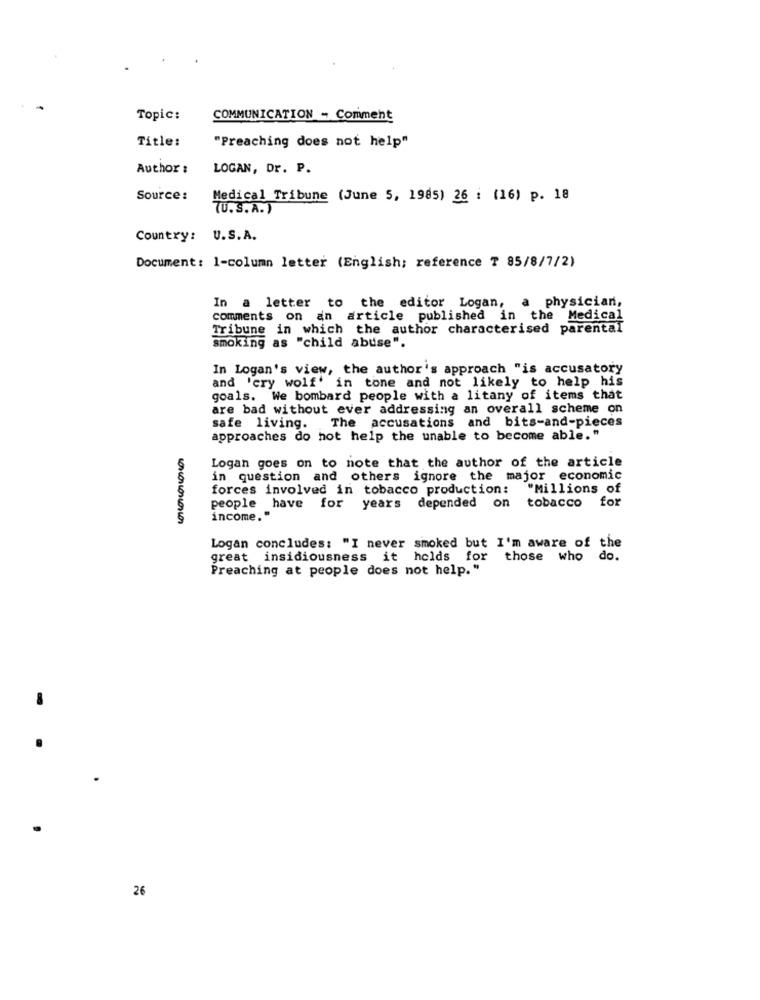
Topic:
COMMUNICATION - Comment
Title:
"Preaching does not help"
Author :
LOGAN, Dr. P.
Source :
Medical Tribune (June 5, 1985) 26 : (16) p. 18
7U. S.A.)
Country: U.S.A.
Document: 1-column letter (English; reference ? 85/8/7/2)
In a letter to the editor Logan, a physician,
comments on an article published in the Medical
Tribune in which the author characterised parental
smoking as "child abuse".
In Logan's view, the author's approach "is accusatory
and 'cry wolf' in tone and not likely to help his
goals. We bombard people with a litany of items that
are bad without ever addressing an overall scheme on
The accusations and bits-and-pieces
safe living.
approaches do hot help the unable to become able."
Logan goes on to note that the author of the article
in question and others ignore the major economic
forces involved in tobacco production:
"Millions of
for
people have for years depended on tobacco
income."
Logan concludes: "I never smoked but I'm aware of the
great insidiousness it holds for those who do.
Preaching at people does not help."
26